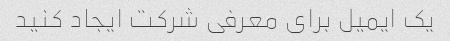
یک ایمیل برای معرفی شرکت ایجاد کنید